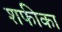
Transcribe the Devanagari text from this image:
शफीका